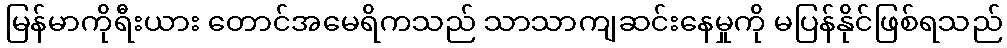
မြန်မာကိုရီးယား တောင်အမေရိကသည် သာသာကျဆင်းနေမှုကို မပြန်နိုင်ဖြစ်ရသည်